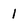
Character: 1